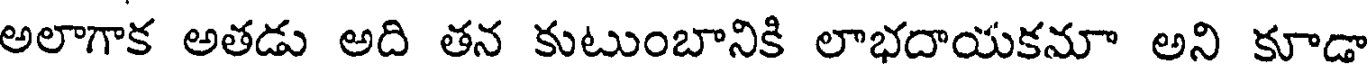
అలాగాక అతడు అది తన కుటుంబానికి లాభదాయకమా అని కూడా